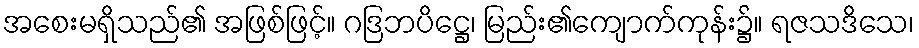
အစေးမရှိသည်၏ အဖြစ်ဖြင့်။ ဂဒြဘပိဋ္ဌေ၊ မြည်း၏ကျောက်ကုန်း၌။ ရဇသဒိသေ၊